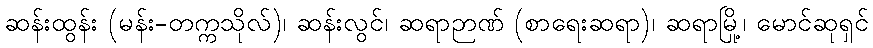
ဆန်းထွန်း (မန်း-တက္ကသိုလ်)၊ ဆန်းလွင်၊ ဆရာဉာဏ် (စာရေးဆရာ)၊ ဆရာမြို့၊ မောင်ဆုရှင်